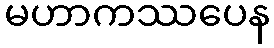
မဟာကဿပေန